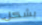
بشكل